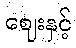
ဈေးနှင့်